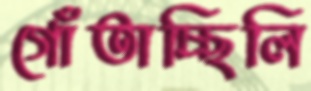
গোঁতাচ্ছিলি